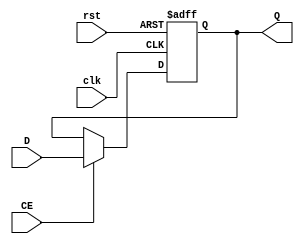
`timescale 1ns / 1ps
module REG32(input clk,input rst,input CE,input [31:0]D,output [31:0]Q
    );
reg [31:0]REG;
assign Q = REG;
always @(posedge clk or posedge rst) 
	 begin if(rst==1) REG<=0;
	       else if(CE==1) REG<=D;
	 end


endmodule